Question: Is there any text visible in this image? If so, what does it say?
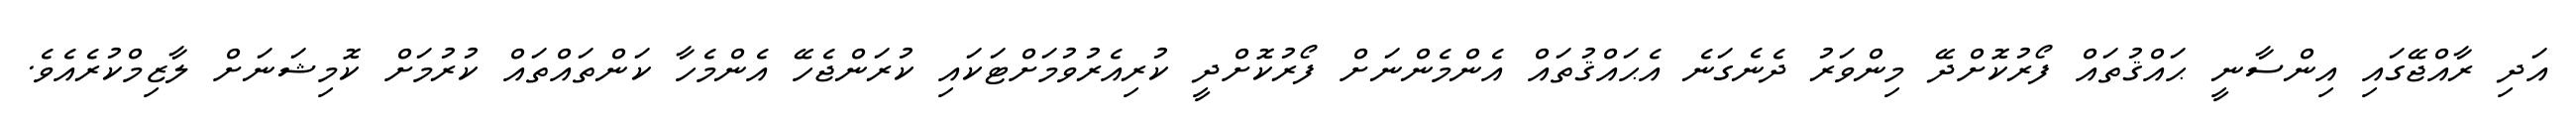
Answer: އަދި ރާއްޖޭގައި އިންސާނީ ޙައްޤުތައް ފޯރުކޮށްދޭ މިންވަރު ދެނެގަނެ އެޙައްޤުތައް އެންމެންނަށް ފޯރުކޮށްދީ ކުރިއެރުވުމަށްޓަކައި ކުރަންޖެހޭ އެންމެހާ ކަންތައްތައް ކުރުމަށް ކޮމިޝަނަށް ލާޒިމްކުރެއެވެ.